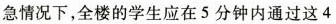
急情况下，全楼的学生应在5分钟内通过这4